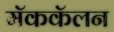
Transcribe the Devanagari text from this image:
मॅककॅलन